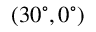
( 3 0 ^ { \circ } , 0 ^ { \circ } )